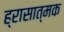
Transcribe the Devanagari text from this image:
ह्रासात्मक